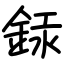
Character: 銾